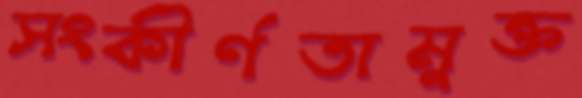
সংকীর্ণতামুক্ত